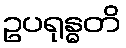
ဥပရုန္ဓတိ